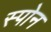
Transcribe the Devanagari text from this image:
स्पोन